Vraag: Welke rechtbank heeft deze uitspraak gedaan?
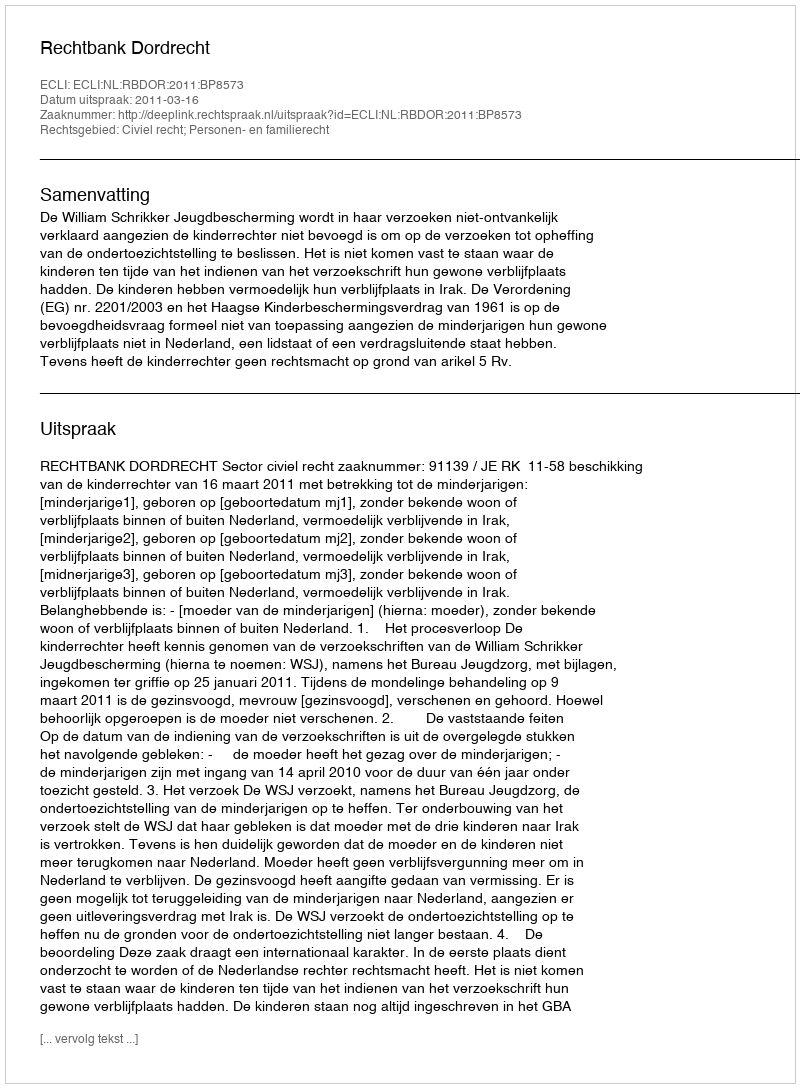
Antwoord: Rechtbank Dordrecht